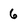
Character: 6